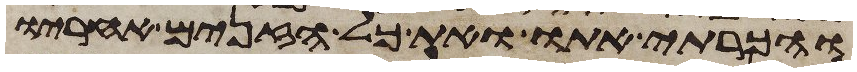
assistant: והכרתי אתו ואת כל הזנים אחריו